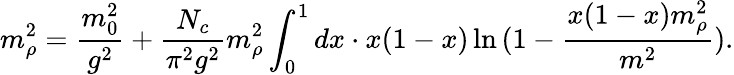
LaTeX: m_{\rho}^{2}=\frac{m_{0}^{2}}{g^{2}}+\frac{N_{c}}{\pi^{2}g^{2}}m_{\rho}^{2}\int_{0}^{1}dx\cdot x(1-x)\ln{(1-\frac{x(1-x)m_{\rho}^{2}}{m^{2}})}.